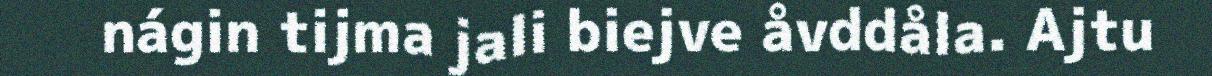
nágin tijma jali biejve åvddåla. Ajtu